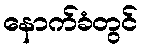
နောက်ခံတွင်